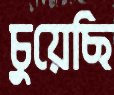
চুয়েছি